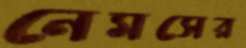
নেমসের